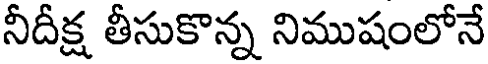
నీదీక్ష తీసుకొన్న నిముషంలోనే